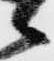
候